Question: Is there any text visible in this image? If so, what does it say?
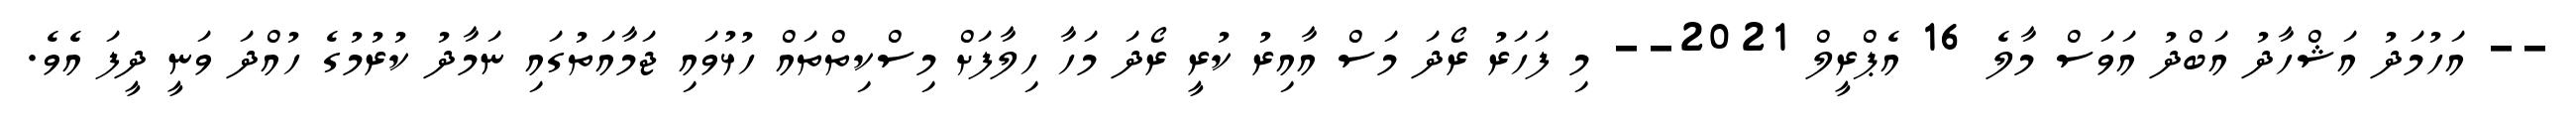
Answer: -- އަހުމަދު އަޝްހާދު އަބްދު އަވަސް މާލެ 16 އެޕްރީލް 2021-- މި ފަހަރު ރޯދަ މަސް އާއިރު ކުރީ ރޯދަ މަހާ ހިލާފަށް މިސްކިތްތައް ހުޅުވައި ޖަމާއަތުގައި ނަމާދު ކުރުމުގެ ހުއްދަ ވަނީ ދީފަ އެވެ.